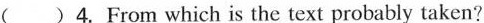
( )4. From which is the text probably taken?